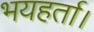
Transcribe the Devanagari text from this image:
भयहर्ता।